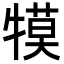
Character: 𭷱